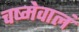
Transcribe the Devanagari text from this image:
चष्मेवालं